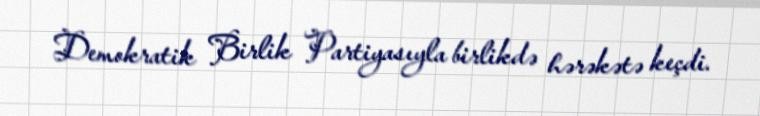
Demokratik Birlik Partiyasıyla birlikdə hərəkətə keçdi.